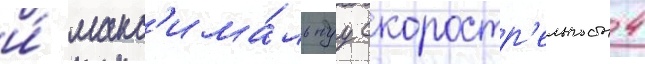
и́ макс'има́льнуу скоростр'ельность 4